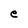
Character: e